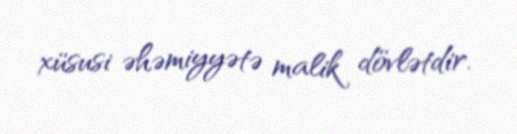
xüsusi əhəmiyyətə malik dövlətdir.